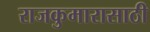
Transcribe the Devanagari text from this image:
राजकुमारासाठी